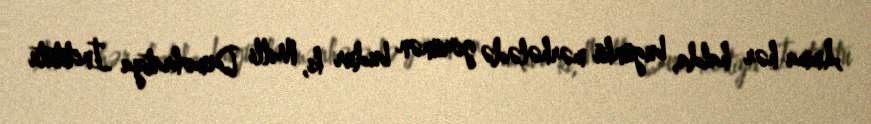
Amma hər halda, bugünkü mərhələdə görünən budur ki, Milli Demokratiya İnstitutu